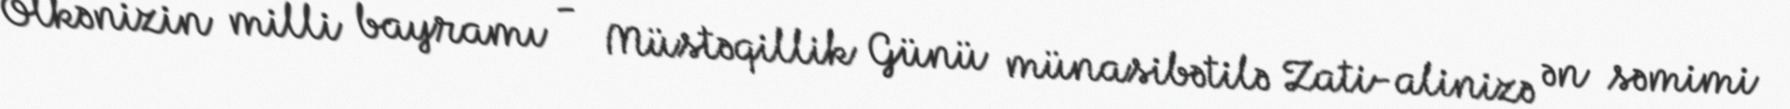
Ölkənizin milli bayramı - Müstəqillik Günü münasibətilə Zati-alinizə ən səmimi